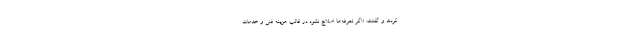
کردند و گفتند: «اگر تعرفه‌ها اصلاح نشود در قالب هزینه فنی و خدمات